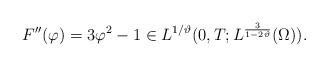
\begin{align*}F''(\varphi) = 3 \varphi^2 - 1 \in L^{1/\vartheta} (0,T; L^{\frac{3}{1 - 2 \vartheta}}(\Omega)).\end{align*}